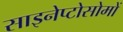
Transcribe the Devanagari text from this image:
साइनेप्टोसोमों